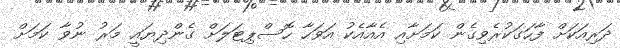
ދަރިއަކަށް ފާހަގަކުރެވިގެން ކަމަށާއި އެއާއެކު އަވަހާ ހޮސްޕިޓަލަށް ގެންދިޔައީ މަރު ނުވާ ކަމަށް